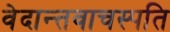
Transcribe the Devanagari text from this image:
वेदान्तवाचस्पति